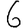
Digit: 6